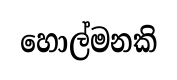
හොල්මනකි